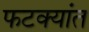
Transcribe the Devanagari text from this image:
फटक्यांत